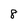
Character: 8